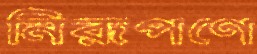
নিরূপণে